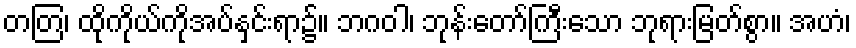
တတြ၊ ထိုကိုယ်ကိုအပ်နှင်းရာ၌။ ဘဂဝါ၊ ဘုန်းတော်ကြီးသော ဘုရားမြတ်စွာ။ အဟံ၊